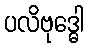
ပလိဗုဒ္ဓေါ